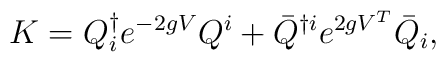
K = Q^{\dag}_i e^{-2gV} Q^i + {\bar Q}^{\dag i} e^{2gV^T} {\bar Q}_i,